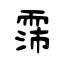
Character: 霈